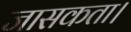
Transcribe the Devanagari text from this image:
जासकता।